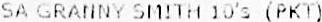
SA GRANNY SMITH 10'S (PKT)